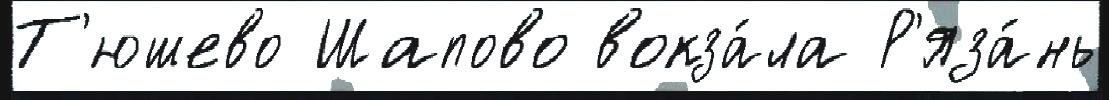
Т'юшево Шапово вокза́ла Р'яза́нь